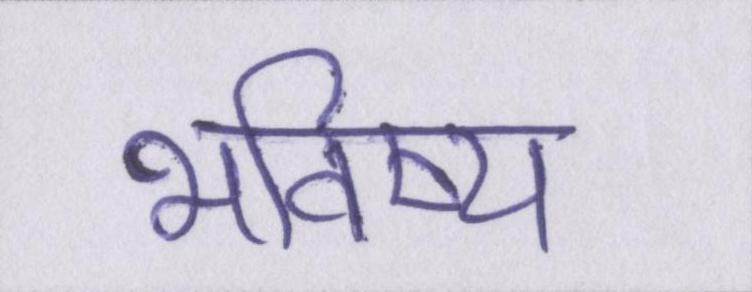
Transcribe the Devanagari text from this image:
भविष्य